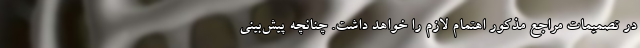
در تصمیمات مراجع مذکور اهتمام لازم را خواهد داشت. چنانچه پیش‌بینی